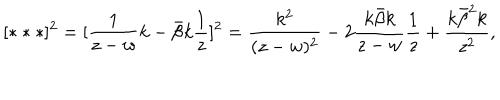
[ * * * ] ^ { 2 } = [ \frac { 1 } { z - w } k - \bar { \beta } k \frac { 1 } { z } ] ^ { 2 } = \frac { k ^ { 2 } } { ( z - w ) ^ { 2 } } - 2 \frac { k \bar { \beta } k } { z - w } \frac { 1 } { z } + \frac { k \bar { \beta } ^ { 2 } k } { z ^ { 2 } } ,